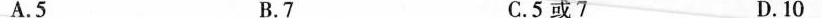
A.5 B.7 C.5或7 D.10